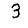
Digit: 3